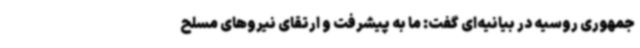
‌جمهوری روسیه در بیانیه‌ای گفت: ما به پیشرفت و ارتقای نیروهای مسلح